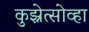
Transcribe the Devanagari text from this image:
कुझ्नेत्सोव्हा